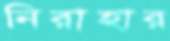
নিরাহার